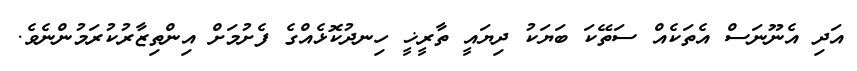
އަދި އެނޫނަސް އެތަކެއް ސަތޭކަ ބަޔަކު ދިޔައީ ތާރީޚީ ހިނދުކޮޅެއްގެ ފެށުމަށް އިންތިޒާރުކުރަމުންނެވެ.